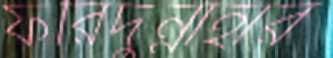
ফরিদুন্নাহার